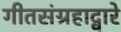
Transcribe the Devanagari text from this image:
गीतसंग्रहाद्वारे